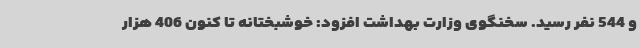
و 544 نفر رسید. سخنگوی وزارت بهداشت افزود: خوشبختانه تا کنون 406 هزار